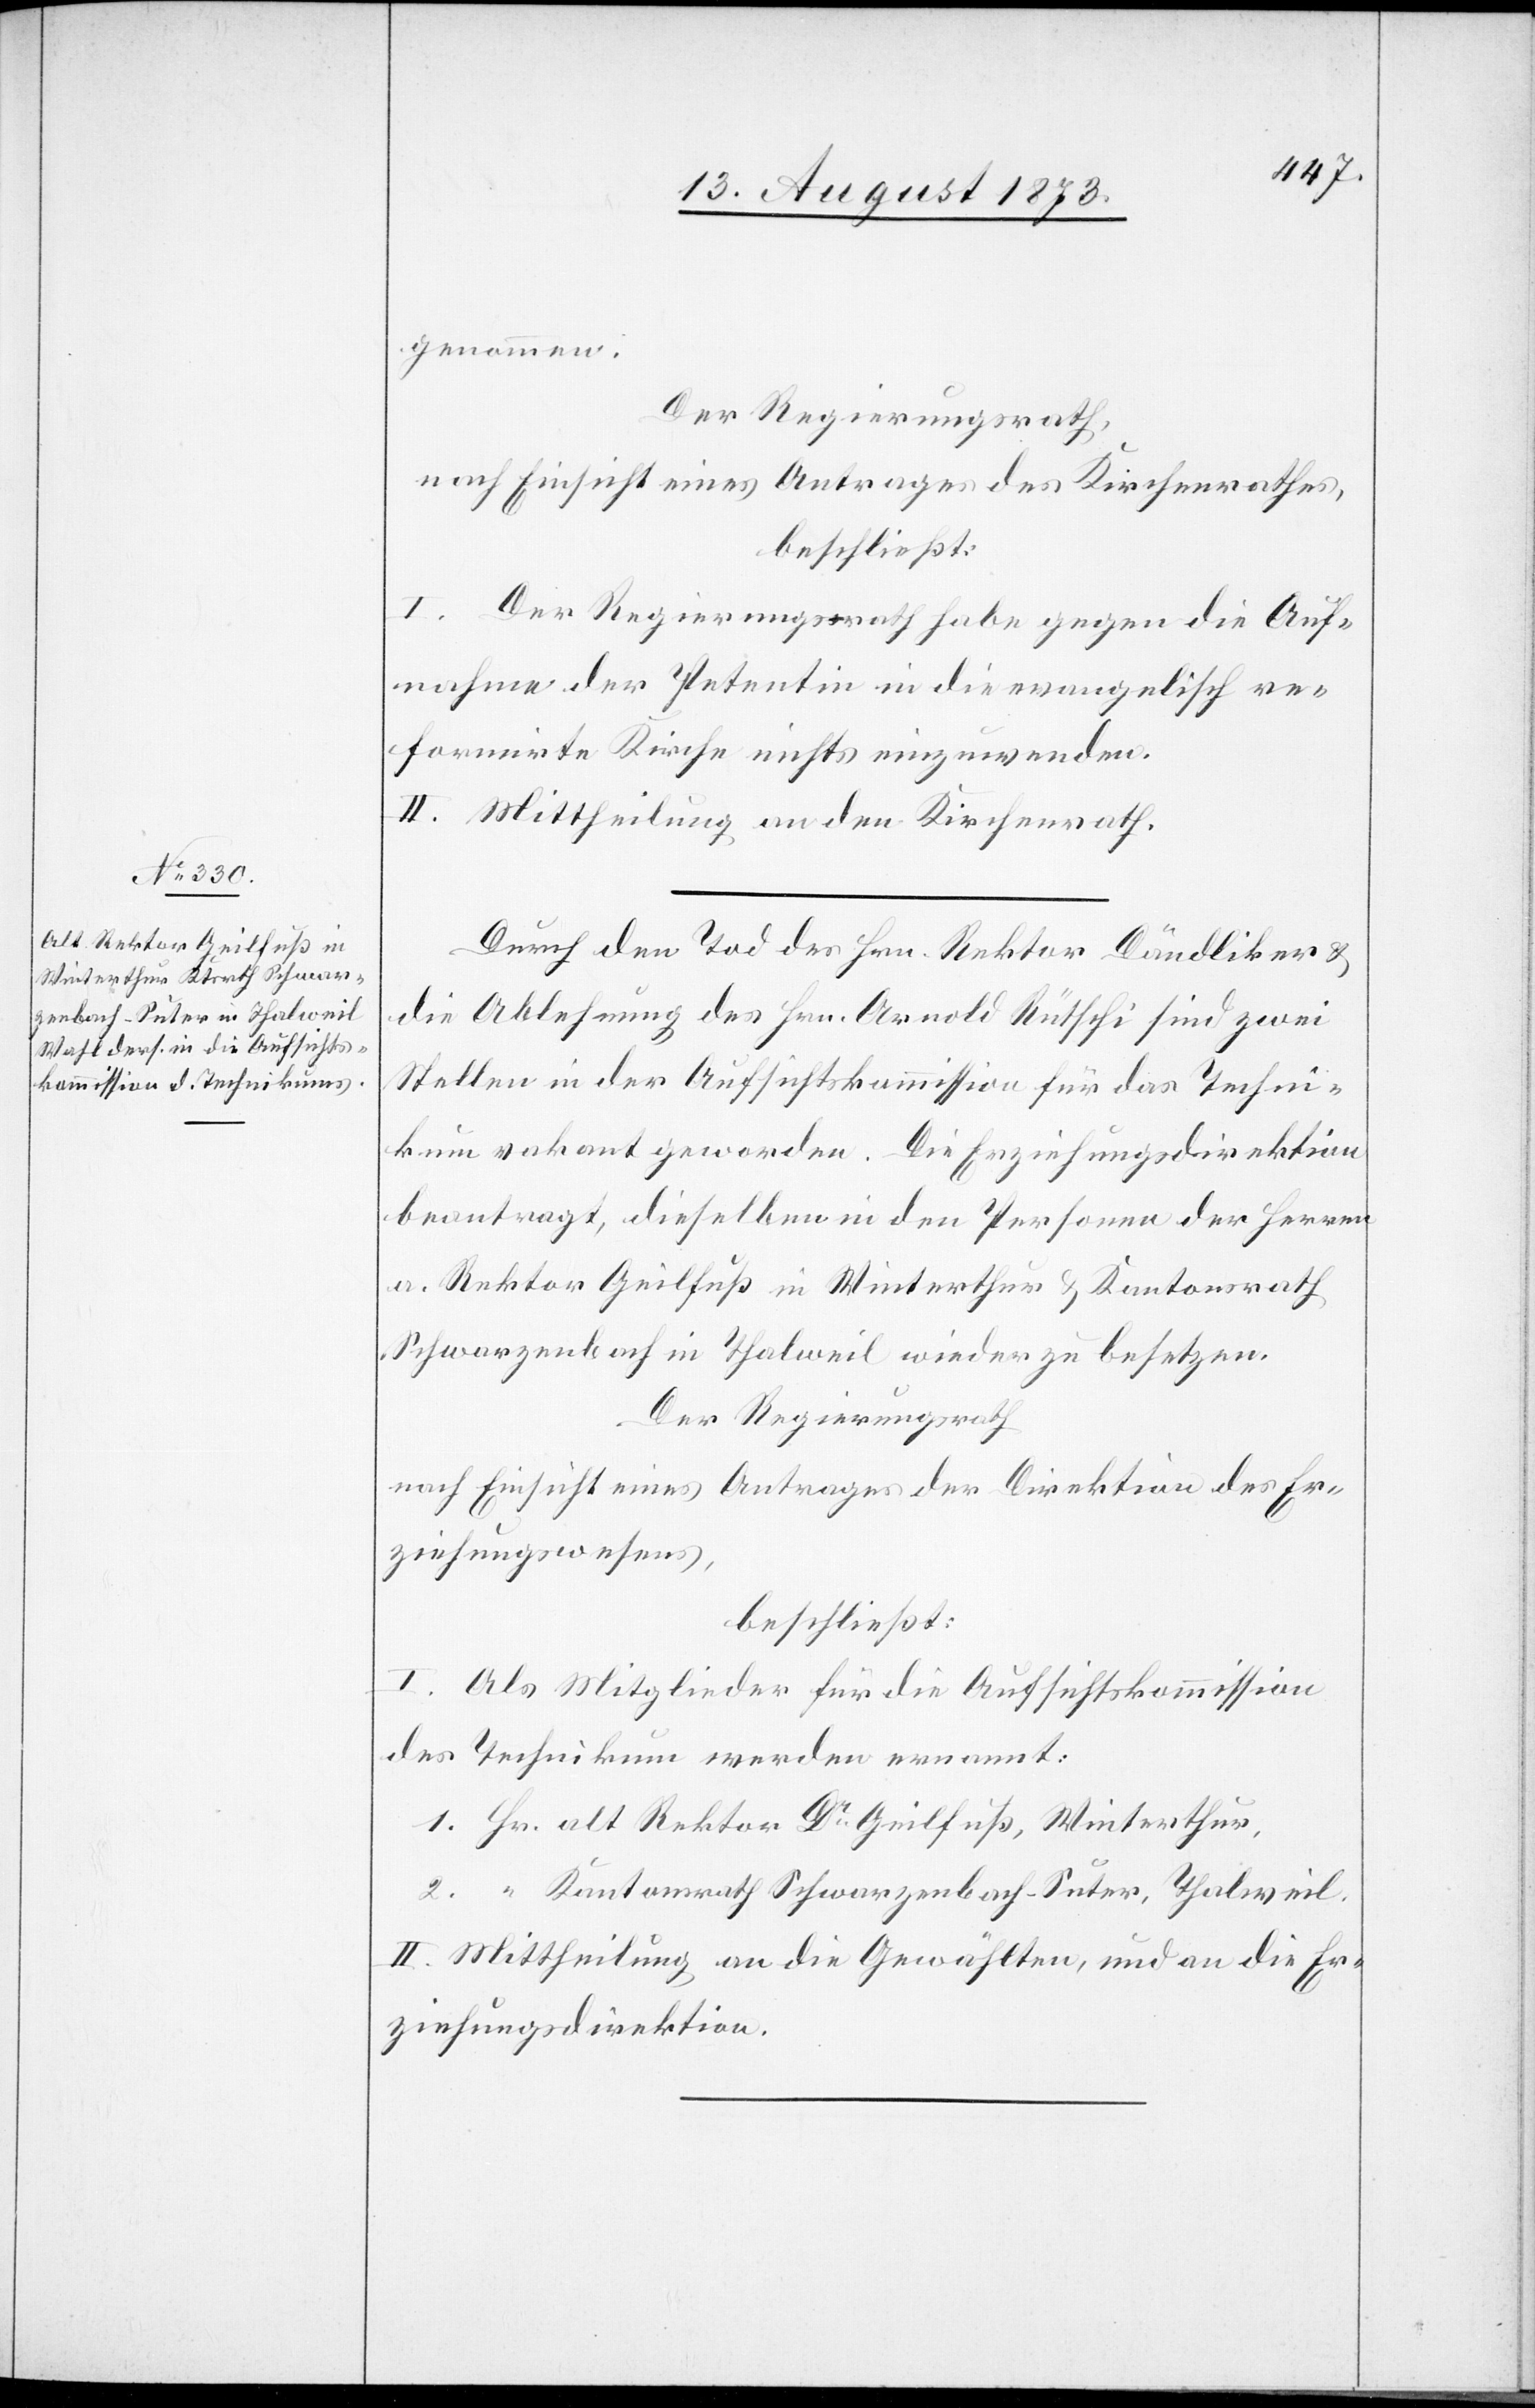
genommen.
Der Regierungsrath,
nach Einsicht eines Antrages des Kirchenrathes,
beschließt:
I. Der Regierungsrath habe gegen die Auf¬
nahme der Petentin in die evangelisch re¬
formirte Kirche nichts einzuwenden.
II. Mittheilung an den Kirchenrath.
Durch den Tod des Hrn. Rektor Dändliker &
die Ablehnung des Hrn. Arnold Rütschi sind zwei
Stellen in der Aufsichtskommission für das Techni¬
kum vakant geworden. Die Erziehungsdirektion
beantragt, dieselben in den Personen der Herren
a. Rektor Geilfuß in Winterthur & Kantonsrath
Schwarzenbach in Thalweil wieder zu besetzen.
Der Regierungsrath
nach Einsicht eines Antrages der Direktion des Er¬
ziehungswesens,
beschließt:
I. Als Mitglieder für die Aufsichtskommission
des Technikum werden ernannt:
1. Hr. alt Rektor Dr Geilfuß, Winterthur.
2. “ Kantonsrath Schwarzenbach-Suter, Thalweil.
II. Mittheilung an die Gewählten, und an die Er¬
ziehungsdirektion.